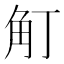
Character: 𧢴